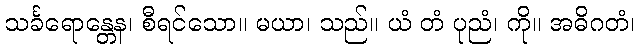
သင်္ခရောန္တေန၊ စီရင်သော။ မယာ၊ သည်။ ယံ တံ ပုညံ၊ ကို။ အဓိဂတံ၊